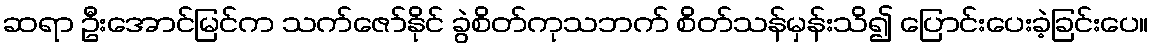
ဆရာ ဦးအောင်မြင်က သက်ဇော်နိုင် ခွဲစိတ်ကုသဘက် စိတ်သန်မှန်းသိ၍ ပြောင်းပေးခဲ့ခြင်းပေ။